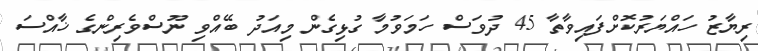
ރިޔާޒު ހައްޔަރުކޮށްފައިވާތާ 45 ދުވަސް ހަމަވުމާ ގުޅިގެން މިއަދު ބޭއްވި ނޫސްވެރިންގެ ޚާއްސަ